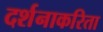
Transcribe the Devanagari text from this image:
दर्शनाकरिता